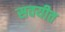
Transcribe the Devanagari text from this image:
सवयीत